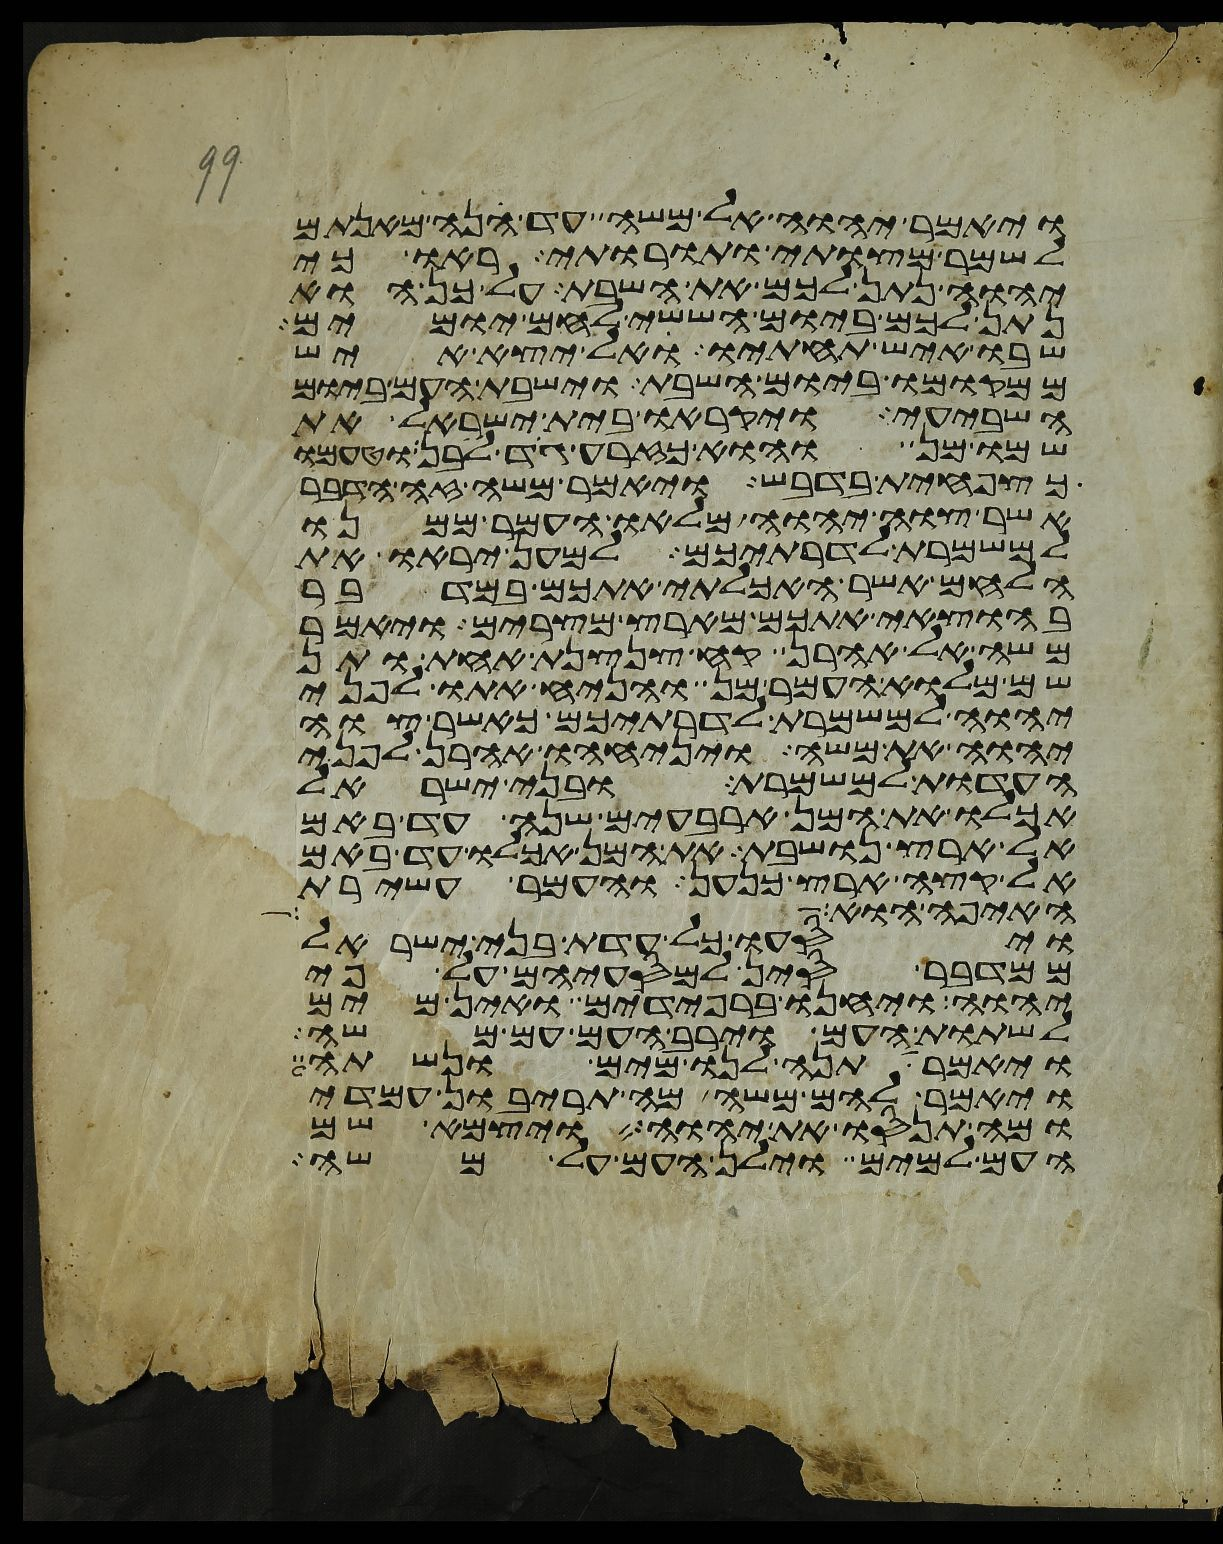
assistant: ויאמר יהוה אל משה עד הנה מאנתם
לשמר מצותי ותורותי ראו כי
יהוה נתן לכם את השבת על כן הוא
נתן לכם ביום הששי לחם יומים
שבו איש תחתיו אל יצא איש
ממקומו ביום השבת וישבת העם ביום
השביעי ויקראו בית ישראל את
שמו מן והוא כזרע גד לבן וטעמו
כצפחית בדבש ויאמר משה זה הדבר
אשר צוה יהוה מלאו העמר ממנו
למשמרת לדרתיכם למען יראו את
הלחם אשר האכלתי אתכם במדבר
בהוצאי אתכם מארץ מצרים ויאמר
משה אל אהרן קח צנצנת אחת ותן
שם מלוא העמר מן והניח אתו לפני
יהוה למשמרת לדרתיכם כאשר צוה
יהוה את משה ויניחהו אהרן לפני
העדות למשמרת ובני ישראל
אכלו את המן ארבעים שנה עד באם
אל ארץ נושבת את המן אכלו עד באם
אל קצה ארץ כנען והעמר עשירת
האיפה הוא
ויסעו כל עדת בני ישראל
ממדבר סין למסעיהם על פי
יהוה ויחנו ברפידים ואין מים
לשתות העם וירב העם עם משה
ויאמר תנה לנו מים ונשתה
ויאמר להם משה מה תריבון עמדי
ומה תנסו את יהוה ויצמא שם
העם למים וילן העם על משה